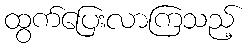
ထွက်ပြေးလာကြသည့်